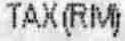
TAX(RM)